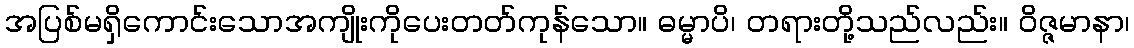
အပြစ်မရှိကောင်းသောအကျိုးကိုပေးတတ်ကုန်သော။ ဓမ္မာပိ၊ တရားတို့သည်လည်း။ ဝိဇ္ဇမာနာ၊